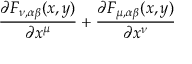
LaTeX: \frac { \partial F _ { \nu , \alpha \beta } ( x , y ) } { \partial x ^ { \mu } } + \frac { \partial F _ { \mu , \alpha \beta } ( x , y ) } { \partial x ^ { \nu } }